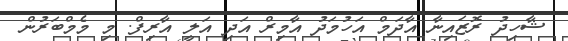
ޝާހިދު ރޮޒައިނާ އާދަމް އަހުމަދު އާމިރް އަދި އަލީ އާރިފް. މި މެމްބަރުން